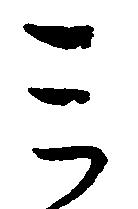
ミ